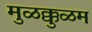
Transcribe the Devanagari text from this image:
मुळक्कुळम